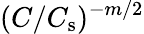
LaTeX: (C/C_{\mathrm{s}})^{-m/2}